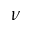
\nu